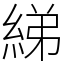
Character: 綈